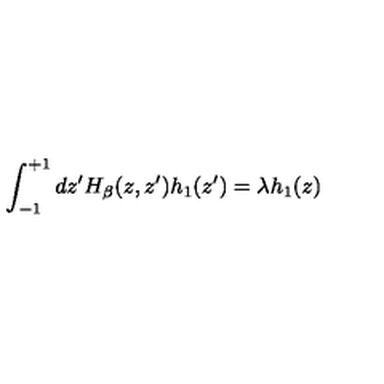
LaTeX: \int _ { - 1 } ^ { + 1 } d z ^ { \prime } H _ { \beta } ( z , z ^ { \prime } ) h _ { 1 } ( z ^ { \prime } ) = \lambda h _ { 1 } ( z )